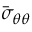
\bar { \sigma } _ { \theta \theta }